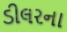
ડીલરના